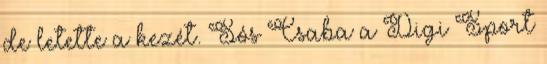
de letette a kezét. Sós Csaba a Digi Sport